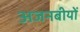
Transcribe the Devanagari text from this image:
अजनबीयों